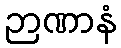
ဉာဏာနံ